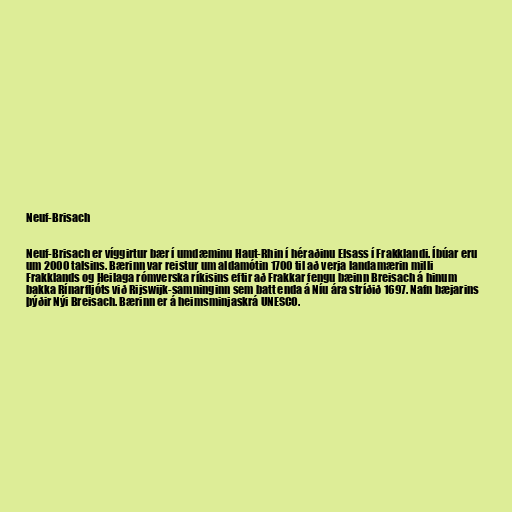
Neuf-Brisach

Neuf-Brisach er víggirtur bær í umdæminu Haut-Rhin í héraðinu Elsass í Frakklandi. Íbúar eru
um 2000 talsins. Bærinn var reistur um aldamótin 1700 til að verja landamærin milli
Frakklands og Heilaga rómverska ríkisins eftir að Frakkar fengu bæinn Breisach á hinum
bakka Rínarfljóts við Rijswijk-samninginn sem batt enda á Níu ára stríðið 1697. Nafn bæjarins
þýðir Nýi Breisach. Bærinn er á heimsminjaskrá UNESCO.